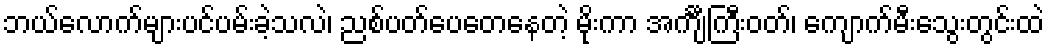
ဘယ်လောက်များပင်ပမ်းခဲ့သလဲ၊ ညစ်ပတ်ပေတေနေတဲ့ မိုးကာ အင်္ကျီကြီးဝတ်၊ ကျောက်မီးသွေးတွင်းထဲ